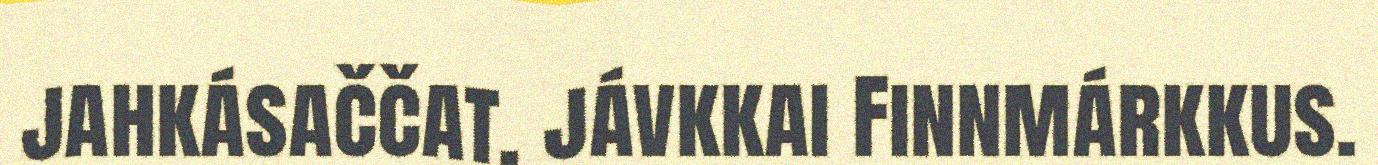
jahkásaččat, jávkkai Finnmárkkus.